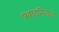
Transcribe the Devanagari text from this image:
प्रवाहनित्यता